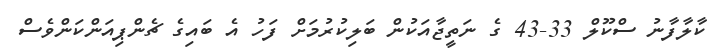
ކާލާފާނު ސްކޫލް 33-43 ގެ ނަތީޖާއަކުން ބަލިކުރުމަށް ފަހު އެ ބައިގެ ޗެންޕިއަންކަންވެސް